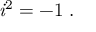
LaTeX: { \mathit { i } } ^ { 2 } = - 1 \ .